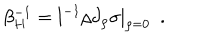
\beta _ { H } ^ { - 1 } = l ^ { - 1 } \rho \partial _ { \rho } \sigma | _ { \rho = 0 } ~ ~ .